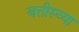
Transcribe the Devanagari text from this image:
बत्तीस्च्या